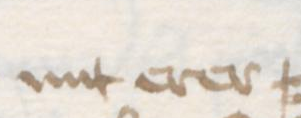
mit erer =